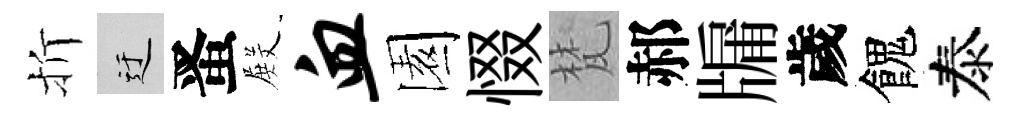
折迂󱉠𭮺血園惙梵郝牖歲餽泰